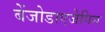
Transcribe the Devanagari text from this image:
बेंजोडाएजेपिन